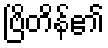
ဗြိတိန်၏